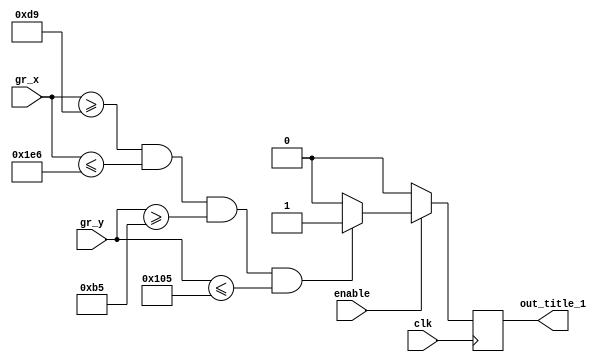
module TITLE_BIG_INVIS(
	input wire clk,
//	input wire reset,
	input wire enable,
	input wire [10:0]gr_x,
	input wire [9:0]gr_y,
	
	output reg out_title_1
	);
	
parameter[10:0] x1 = 11'd217;
parameter[10:0] x2 = 11'd486;
parameter[9:0] y1 = 11'd181;
parameter[9:0] y2 = 11'd261;


always @ (posedge clk)
	begin
	if (enable == 1)
	begin
		if ((gr_x[10:0]>=x1)&&(gr_x[10:0]<=x2)&&(gr_y[9:0]>=y1)&&(gr_y[9:0]<=y2))
			begin
				out_title_1 = 1;
			end
			else
				out_title_1 = 0;		
	end
	else
		out_title_1 = 0;
	end
endmodule